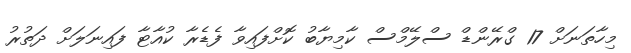
މިހާތަނަށް 17 ގްރޭންޑް ސްލޭމްސް ކާމިޔާބު ކޮށްފައިވާ ފެޑެރާ ކުއާޓާ ފައިނަލަށް ދަތުރު